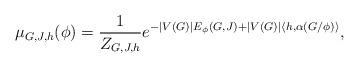
LaTeX: \begin{align*}\mu_{G,J,h}(\phi)=\frac 1{Z_{G,J,h}} e^{-|V(G)| E_\phi(G,J)+|V(G)|\langle h,\alpha(G /\phi)\rangle},\end{align*}